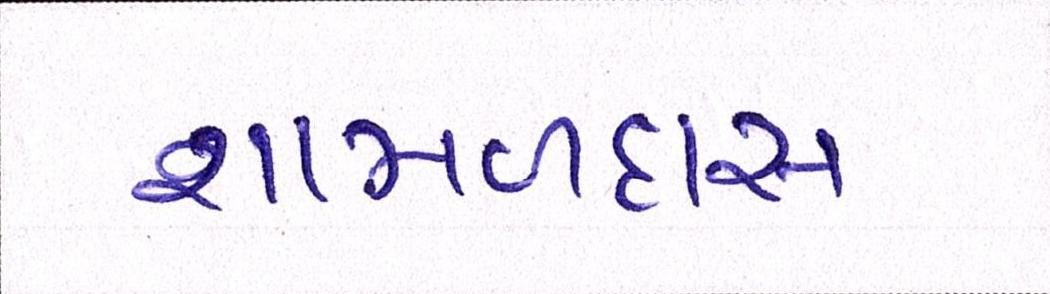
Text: શામળદાસ